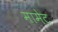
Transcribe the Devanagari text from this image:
मामेट